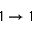
1 \rightarrow 1